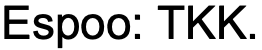
Espoo: TKK.